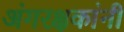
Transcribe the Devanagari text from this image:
अंगरक्षकांनी